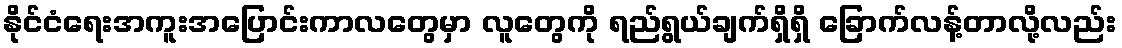
နိုင်ငံရေးအကူးအပြောင်းကာလတွေမှာ လူတွေကို ရည်ရွယ်ချက်ရှိရှိ ခြောက်လန့်တာလို့လည်း